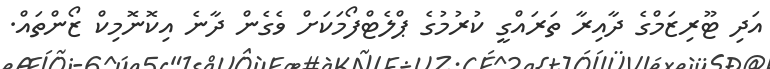
އަދި ޓޫރިޒަމްގެ ދާއިރާ ތަރައްގީ ކުރުމުގެ ޕްލެޓްފޯމަކަށް ވެގެން ދާނެ އިކޮނޮމިކް ޒޯންތައް.